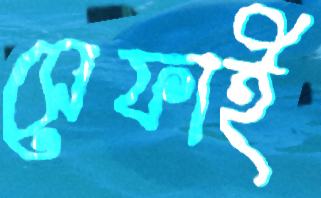
সেফাই